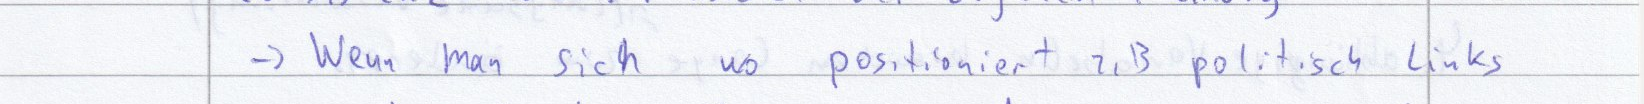
-> Wenn man sich wo positioniert z.B politisch links